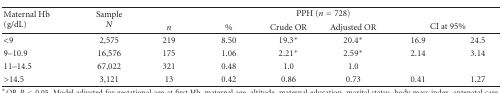
<table><thead><tr><td rowspan="2"><b>Maternal Hb(g/dL)</b></td><td rowspan="2"><b>Sample<i>N</i></b></td><td colspan="6"><b>PPH (<i>n</i> = 728)</b></td></tr><tr><td><b><i>n</i></b></td><td><b>%</b></td><td><b> Crude OR</b></td><td><b> Adjusted OR</b></td><td colspan="2"><b>CI at 95%</b></td></tr></thead><tbody><tr><td>&lt;9</td><td>2,575</td><td>219</td><td>8.50</td><td>19.3*</td><td>20.4*</td><td>16.9</td><td>24.5</td></tr><tr><td>9–10.9</td><td>16,576</td><td>175</td><td>1.06</td><td>2.21*</td><td>2.59*</td><td>2.14</td><td>3.14</td></tr><tr><td>11–14.5</td><td>67,022</td><td>321</td><td>0.48</td><td>1.0</td><td>1.0</td><td></td><td></td></tr><tr><td>&gt;14.5</td><td>3,121</td><td>13</td><td>0.42</td><td>0.86</td><td>0.73</td><td>0.41</td><td>1.27</td></tr></tbody></table>